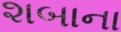
શબાના